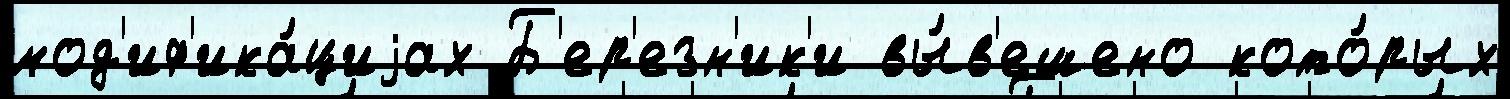
мод'иф'ика́циjах Б'ер'езн'ик'и вы́в'ешено кото́рых